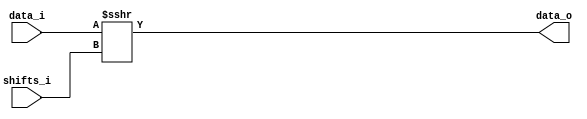
`timescale 1ns / 1ps
/*	
   ===================================================================
   Module Name : rightBarrelShifter
         
   Filename    : rightBarrelShifter.v
   Type        : Verilog Module
      
   Description :  Aritmetic right barrel shifter.
                  Input shifts_i controls the number of right shifts.
                  data_i      :  "DATA_WIDTH" length word in 2's complement representation.
                  shifts_i    :  "ceil(log2(DATA_WIDTH))" length word.
   ------------------------------------------------------------------
      clocks   : -
      reset    : -
      enable   : -
      
   Parameters  :
         NAME            Comments                Default
         ---------------------------------------------------
         DATA_WIDTH      input data width          22
      
   ------------------------------------------------------------------
   Version     : 1.0
   Data        : 13 Nov 2018
   Revision    : -
   Reviser     : -		
   -------------------------------------------------------------------
   Modification Log "please add all the modifications in this area"
   (D/M/Y)  
   
   ----------------------
   // Instance template
   ----------------------
	
rightBarrelShifter
#(
   .DATA_WIDTH ()
)
"MODULE_NAME"
(
   .data_i     (),
   .shifts_i   (),
   .data_o     ()
);

*/


module rightBarrelShifter
#(
   parameter DATA_WIDTH = 22
)
(
	input  signed	[             DATA_WIDTH-1   : 0   ]  data_i,
	input  			[ CeilLog2(DATA_WIDTH) -1    : 0   ]  shifts_i,
	output signed	[          DATA_WIDTH-1      : 0   ]  data_o
);

assign data_o = data_i >>> shifts_i;

//**********************************
function integer CeilLog2;
  input integer data;
  integer i, result;
  	  begin
	  result = 1; 
		  for (i = 0; 2**i < data; i = i + 1)
			result = i + 1; 
			CeilLog2 = result;
	  end 
 endfunction 
//**********************************
endmodule